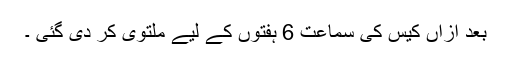
بعد ازاں کیس کی سماعت 6 ہفتوں کے لیے ملتوی کر دی گئی ۔